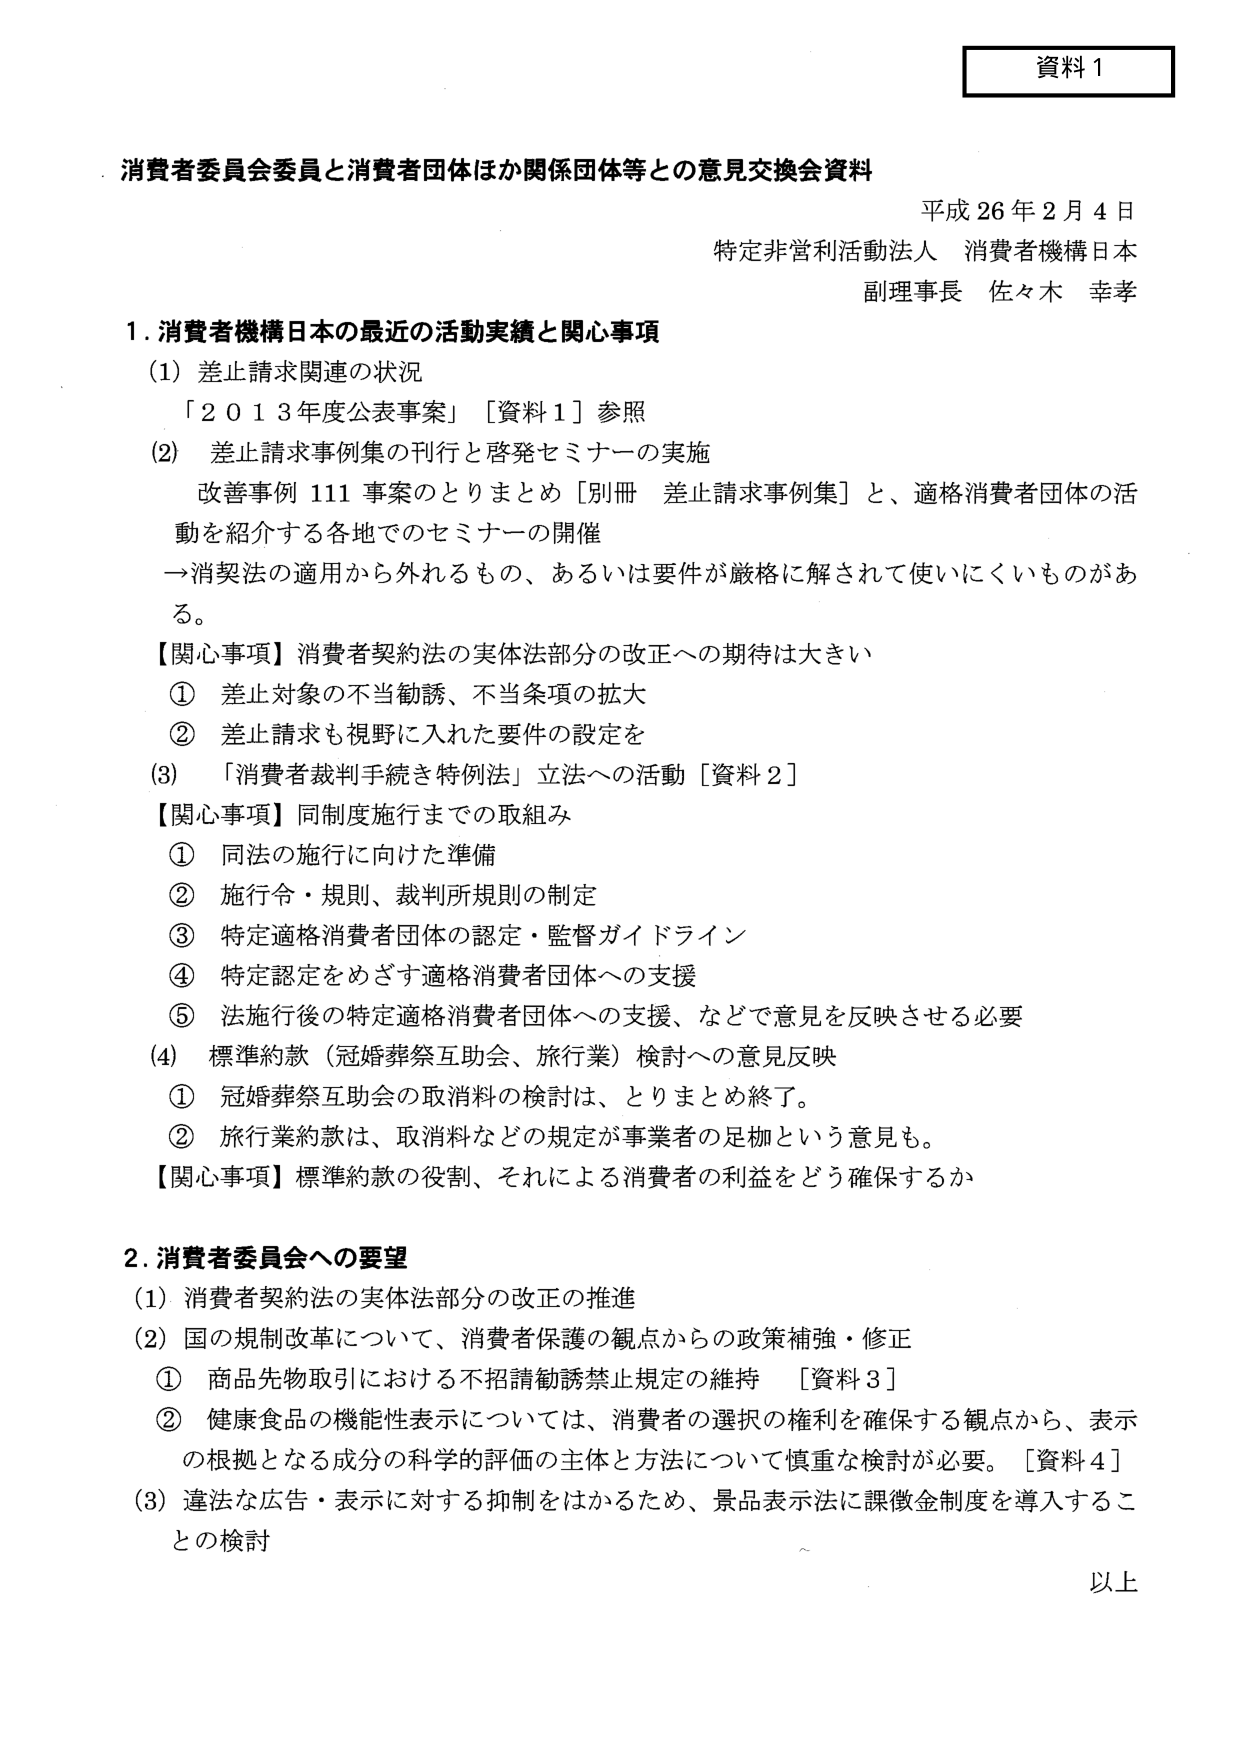
資料１

消費者委員会委員と消費者団体ほか関係団体等との意見交換会資料
平成26年2月4日
特定非営利活動法人 消費者機構日本
副理事長 佐々木 幸孝

１．消費者機構日本の最近の活動実績と関心事項
（1）差止請求関連の状況
「２０１３年度公表事案」［資料１］参照
（2）差止請求事例集の刊行と啓発セミナーの実施
　改善事例111事案のとりまとめ［別冊 差止請求事例集］と、適格消費者団体の活動を紹介する各地でのセミナーの開催
　→消契法の適用から外れるもの、あるいは要件が厳格に解されて使いにくいものがある。
【関心事項】消費者契約法の実体法部分の改正への期待は大きい
　① 差止対象の不当勧誘、不当条項の拡大
　② 差止請求も視野に入れた要件の設定を
（3）「消費者裁判手続き特例法」立法への活動［資料２］
【関心事項】同制度施行までの取組み
　① 同法の施行に向けた準備
　② 施行令・規則、裁判所規則の制定
　③ 特定適格消費者団体の認定・監督ガイドライン
　④ 特定認定をめざす適格消費者団体への支援
　⑤ 法施行後の特定適格消費者団体への支援、などで意見を反映させる必要
（4）標準約款（冠婚葬祭互助会、旅行業）検討への意見反映
　① 冠婚葬祭互助会の取消料の検討は、とりまとめ終了。
　② 旅行業約款は、取消料などの規定が事業者の足枷という意見も。
【関心事項】標準約款の役割、それによる消費者の利益をどう確保するか

２．消費者委員会への要望
（1）消費者契約法の実体法部分の改正の推進
（2）国の規制改革について、消費者保護の観点からの政策補強・修正
　① 商品先物取引における不招請勧誘禁止規定の維持 ［資料３］
　② 健康食品の機能性表示については、消費者の選択の権利を確保する観点から、表示の根拠となる成分の科学的評価の主体と方法について慎重な検討が必要。［資料４］
（3）違法な広告・表示に対する抑制をはかるため、景品表示法に課徴金制度を導入することの検討

以上